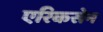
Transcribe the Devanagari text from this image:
एरिकसेन